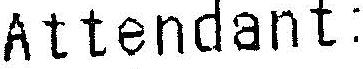
ATTENDANT: